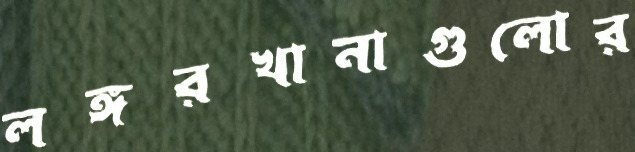
লঙ্গরখানাগুলোর